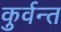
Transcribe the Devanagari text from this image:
कुर्वन्त